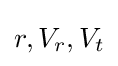
r,V_{r},V_{t}